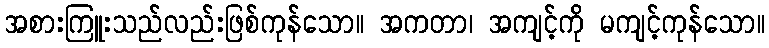
အစားကြူးသည်လည်းဖြစ်ကုန်သော။ အကတာ၊ အကျင့်ကို မကျင့်ကုန်သော။